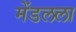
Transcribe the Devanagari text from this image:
मेंडलला